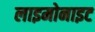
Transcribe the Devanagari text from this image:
लाइमोनाइट